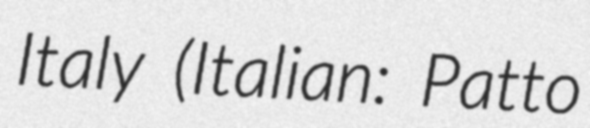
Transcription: Italy (Italian: Patto